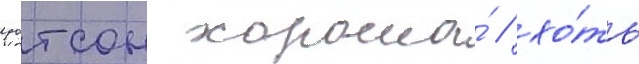
уотсон хороша́ / хо́ть